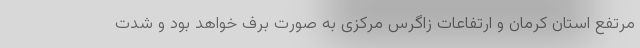
مرتفع استان کرمان و ارتفاعات زاگرس مرکزی به صورت برف خواهد بود و شدت